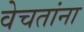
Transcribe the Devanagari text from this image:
वेचतांना